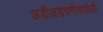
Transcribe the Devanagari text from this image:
अडीअडचणीच्यावेळी